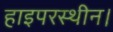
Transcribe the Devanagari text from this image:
हाइपरस्थीन।